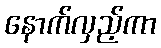
နောက်လှည့်ကာ